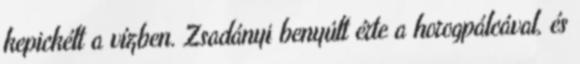
kepickélt a vízben. Zsadányi benyúlt érte a horogpálcával, és